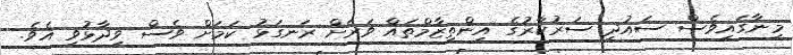
މިނާގައިވެސް ސައުދީ ސަރުކާރުގެ އިންތިޒާމްތައް ވަރަށް ރަނގަޅު ކަމަށް ވެސް ވިދާޅުވި އެވެ.